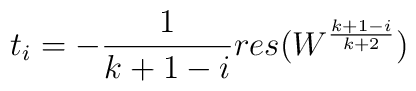
t_i = - \frac{1}{k+1-i} res (W^{\frac{k+1-i}{k+2}})